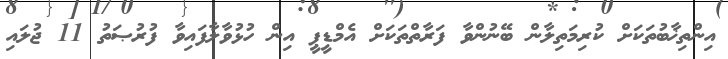
އިންތިޚާބުތަކަށް ކުރިމަތިލާން ބޭނުންވާ ފަރާތްތަކަށް އެމްޑީޕީ އިން ހުޅުވާލާފައިވާ ފުރުޞަތު 11 ޖުލައި